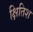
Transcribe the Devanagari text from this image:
क्षितिश